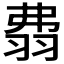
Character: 𦐡